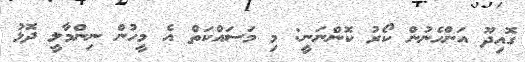
ގޮއިދޫ އަންހެނުން ކޯރު ކޮންނަނީ: މި މަސައްކަތް އެ މީހުން ނިންމާލީ ދޮޅު